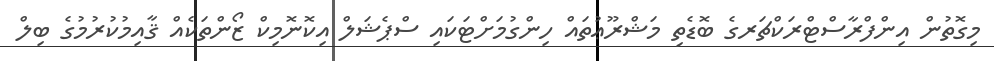
މިގޮތުން އިންފްރާސްޓްރަކްޗަރގެ ބޮޑެތި މަޝްރޫޢުތައް ހިންގުމަށްޓަކައި ސްޕެޝަލް އިކޮނޮމިކް ޒޯންތަކެއް ޤާއިމުކުރުމުގެ ބިލް